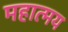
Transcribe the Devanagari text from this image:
महात्‍मय